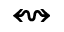
\leftrightsquigarrow